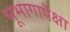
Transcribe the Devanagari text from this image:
भूभागापेक्षा